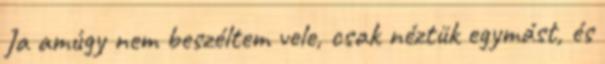
Ja amúgy nem beszéltem vele, csak néztük egymást, és